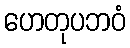
ဟေတုပဘဝံ